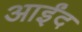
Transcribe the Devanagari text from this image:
आईंद